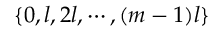
\{ 0 , l , 2 l , \cdots , ( m - 1 ) l \}